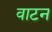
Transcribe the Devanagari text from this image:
वाटन